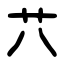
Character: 䒔